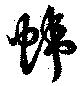
幃